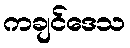
ကချင်ဒေသ